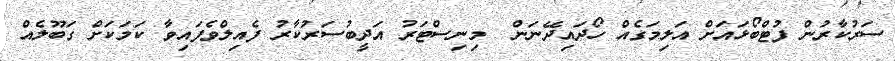
ސަރުކާރުން ފުޓްބޯޅައަށް އަލިމަގެއް ހޯދައިދޭނަން  މިނިސްޓަރު އަދީބުސަރުކާރު ފެއިލްވެފައިވާ ކަމަކަށް ގަބޫލެއް